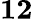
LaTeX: \mathbf{12}